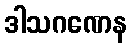
ဒါသဂဏေန